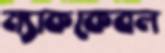
ম্যাককেবল